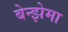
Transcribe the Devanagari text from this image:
बेन्झेमा